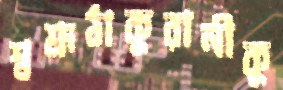
শ্বশ্রূঠাকুরানীকু